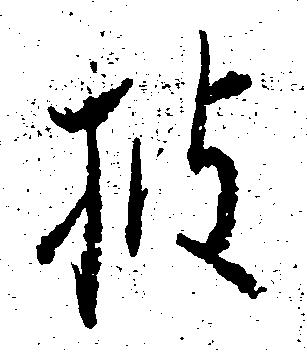
披